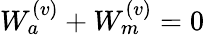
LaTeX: W_{a}^{(v)}+W_{m}^{(v)}=0